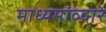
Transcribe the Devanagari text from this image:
माध्यमांव्दारे